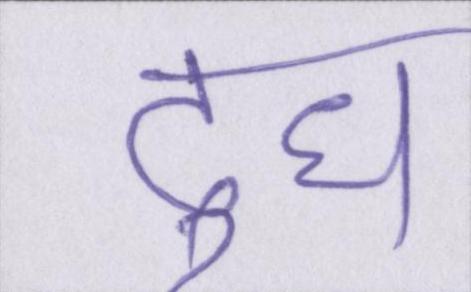
दुध